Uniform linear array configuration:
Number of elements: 64
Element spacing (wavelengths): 0.5
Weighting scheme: binomial
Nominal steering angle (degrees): -60
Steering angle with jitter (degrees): -61.093
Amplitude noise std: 0.05
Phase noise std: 0.05

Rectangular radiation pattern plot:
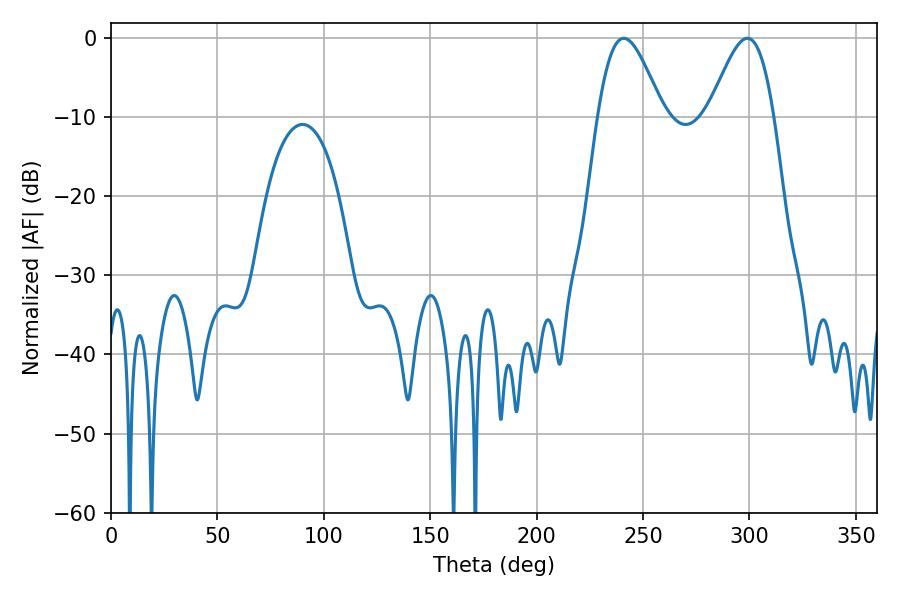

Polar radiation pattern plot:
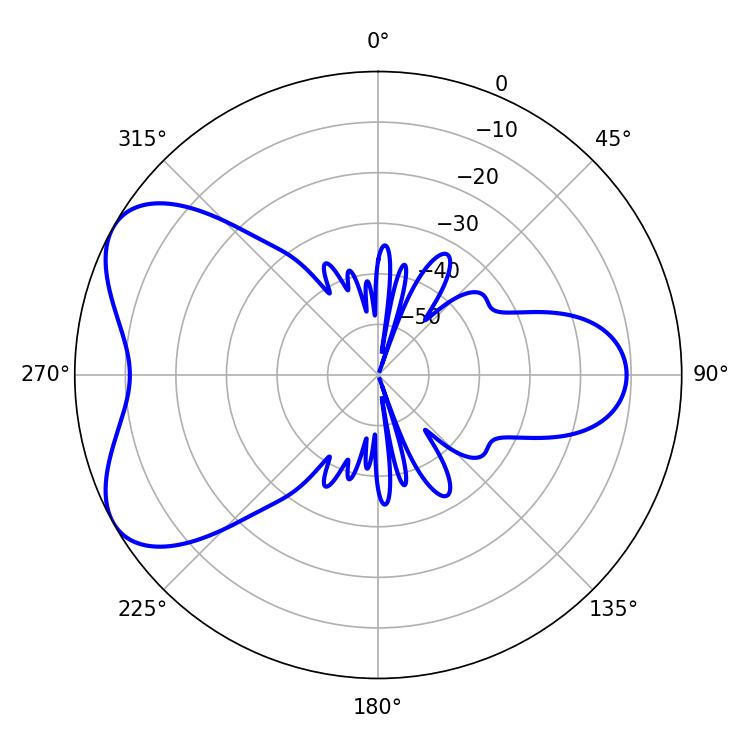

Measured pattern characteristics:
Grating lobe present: FALSE
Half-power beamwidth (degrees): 16.2
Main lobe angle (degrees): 298.98